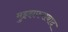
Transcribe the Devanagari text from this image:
मुझ्झफराबाद